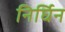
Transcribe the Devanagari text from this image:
निर्घिन